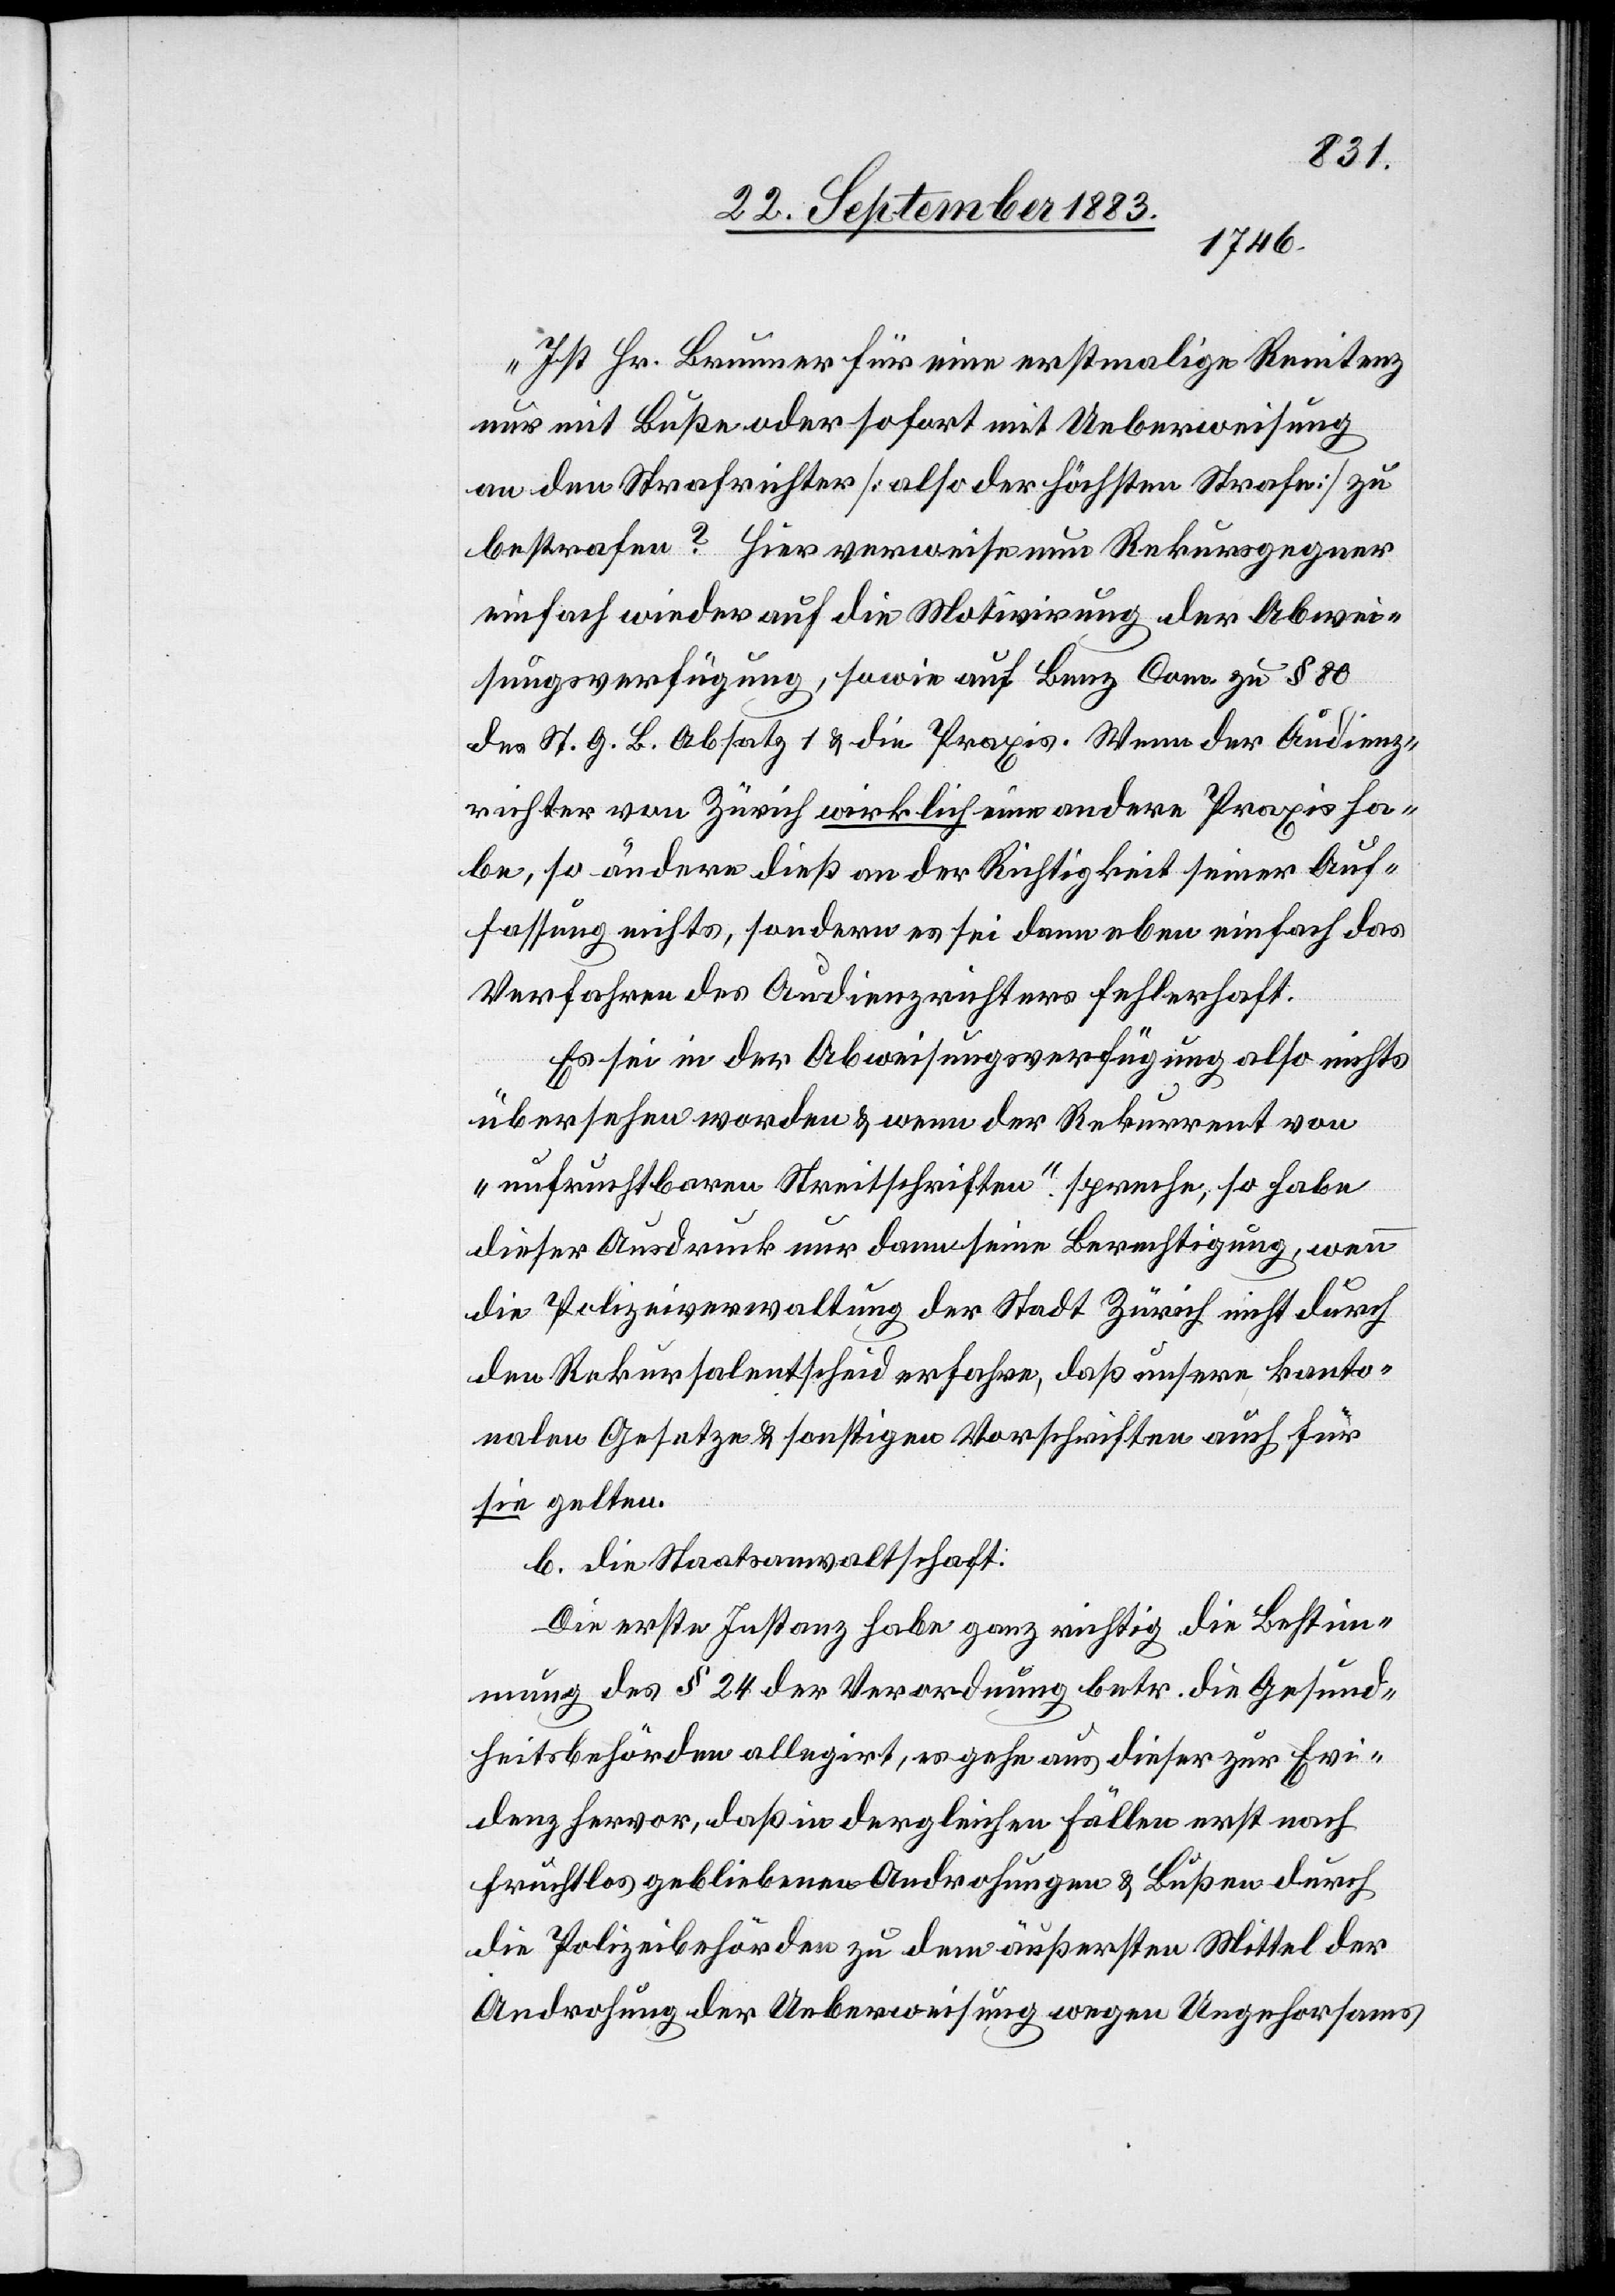
„Ist Hr. Brunner für eine erstmalige Renitenz
nur mit Buße oder sofort mit Ueberweisung
an den Strafrichter [also der höchsten Strafe] zu
bestrafen? Hier verweise nun Rekursgegner
einfach wieder auf die Motivirung der Abwei¬
sungsverfügung, sowie auf Benz Com. zu § 80
des St. G. B. Absatz 1 & die Praxis. Wenn der Audienz¬
richter von Zürich wirklich eine andere Praxis ha¬
be, so ändere dieß an der Richtigkeit seiner Auf¬
fassung nichts, sondern es sei dann eben einfach das
Verfahren des Audienzrichters fehlerhaft.
Es sei in der Abweisungsverfügung also nichts
übersehen worden & wenn der Rekurrent von
„unfruchtbaren Streitschriften“ spreche, so habe
dieser Ausdruck nur dann seine Berechtigung, wenn
die Polizeiverwaltung der Stadt Zürich nicht durch
den Rekursalentscheid erfahre, daß unsere kanto¬
nalen Gesetze & sonstigen Vorschriften auch für
sie gelten.
b. die Staatsanwaltschaft:
Die erste Instanz habe ganz richtig die Bestim¬
mung des § 24 der Verordnung betr. die Gesund¬
heitsbehörden allegirt, es gehe aus dieser zur Evi¬
denz hervor, daß in dergleichen Fällen erst nach
fruchtlos gebliebenen Androhungen & Bußen durch
die Polizeibehörden zu dem äußersten Mittel der
Androhung der Ueberweisung wegen Ungehorsams